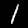
Label: 1